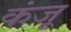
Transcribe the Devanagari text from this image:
कंजू